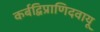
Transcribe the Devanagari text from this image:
कर्बद्विप्राणिदवायू